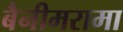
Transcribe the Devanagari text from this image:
बैनीमरामा